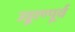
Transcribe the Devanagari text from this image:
उड्डाण्पूर्व